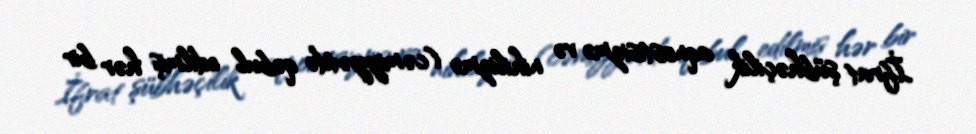
İfrat şübhəçilik aqnostisizmə və nihilizmə (cəmiyyətdə qəbul edilmiş hər bir